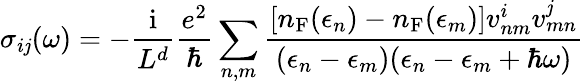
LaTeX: \sigma_{i\mathit{j}}(\omega)=-\frac{{\mathrm{{i}}}}{{L^{d}}}\frac{{e^{2}}}{{\hbar}}\sum_{n,m}\frac{{[n_{\mathrm{{F}}}(\epsilon_{n})-n_{\mathrm{{F}}}(\epsilon_{m})]v_{nm}^{i}v_{mn}^{\mathit{j}}}}{{(\epsilon_{n}-\epsilon_{m})(\epsilon_{n}-\epsilon_{m}+\hbar\omega)}}